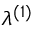
\lambda ^ { ( 1 ) }